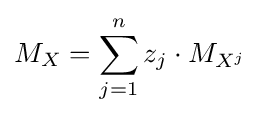
M_{X}=\sum _{j=1}^{n}{z_{j}\cdot M_{X^{j}}}